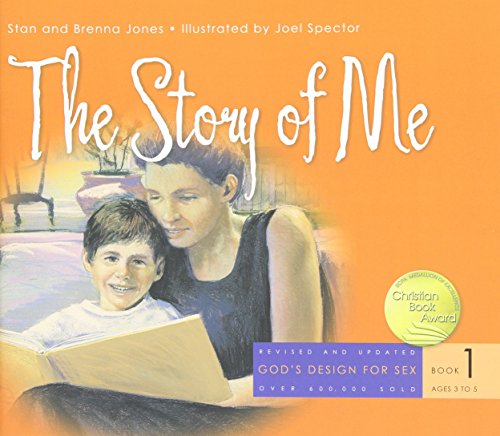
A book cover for The Story of Me (God's Design for Sex, Book 1); Brenna Jones; Christian Books & Bibles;